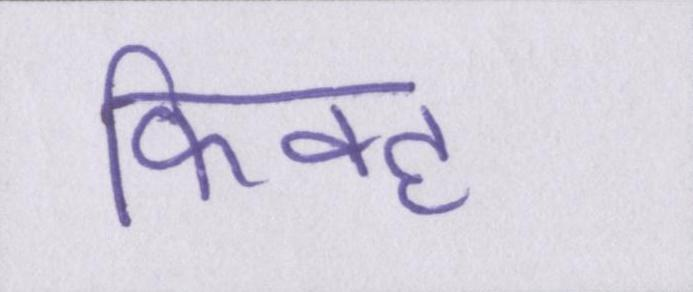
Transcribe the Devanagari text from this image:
फिक्ह